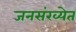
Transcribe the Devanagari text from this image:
जनसंख्येत